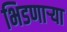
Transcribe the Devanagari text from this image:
भिडणार्‍या